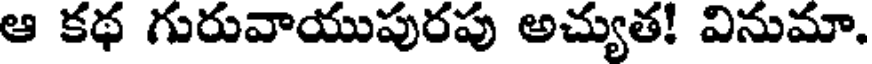
ఆ కథ గురువాయుపురపు అచ్యుత! వినుమా.